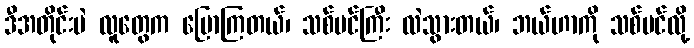
ဒီအတိုင်းပဲ လူတွေက ပြောကြတယ်၊ သစ်ပင်ကြီး လဲသွားတယ်၊ ဘယ်ဟာကို သစ်ပင်လို့